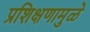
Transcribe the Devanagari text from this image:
प्रशिक्षणामुळे